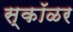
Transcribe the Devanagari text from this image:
स्कॉळर